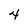
Character: 4